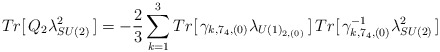
\begin{align*}Tr[\,Q_{2} \lambda^{2}_{SU(2)}\,] = - \frac{2}{3} \sum_{k=1}^{3} Tr[\,\gamma_{k, 7_4, (0)} \lambda_{U(1)_{2, (0) }}\,]\, Tr[\,\gamma^{-1}_{k, 7_4, (0)} \lambda^{2}_{SU(2)}\,]\end{align*}